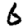
Digit: 6